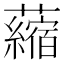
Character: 𧃴